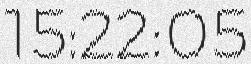
15:22:05